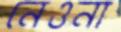
নেওনা